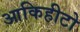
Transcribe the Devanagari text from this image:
आकिहीटो